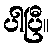
ပါပြီ။